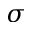
\sigma